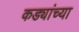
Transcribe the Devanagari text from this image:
कड्यांच्या